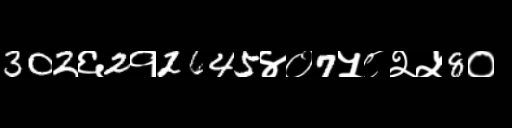
Text: 302६2१2645४०7५८२५8०